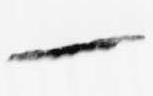
一